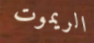
الريموت